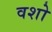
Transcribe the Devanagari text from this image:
वशो